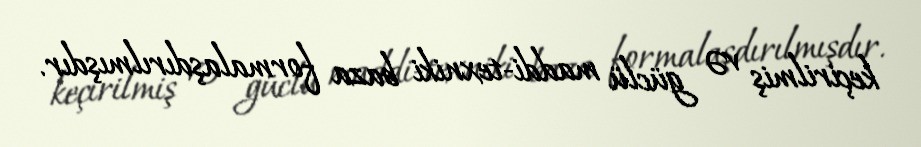
keçirilmiş və güclü maddi-texniki baza formalaşdırılmışdır.